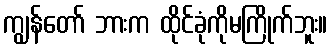
ကျွန်တော် ဘားက ထိုင်ခုံကိုမကြိုက်ဘူး။